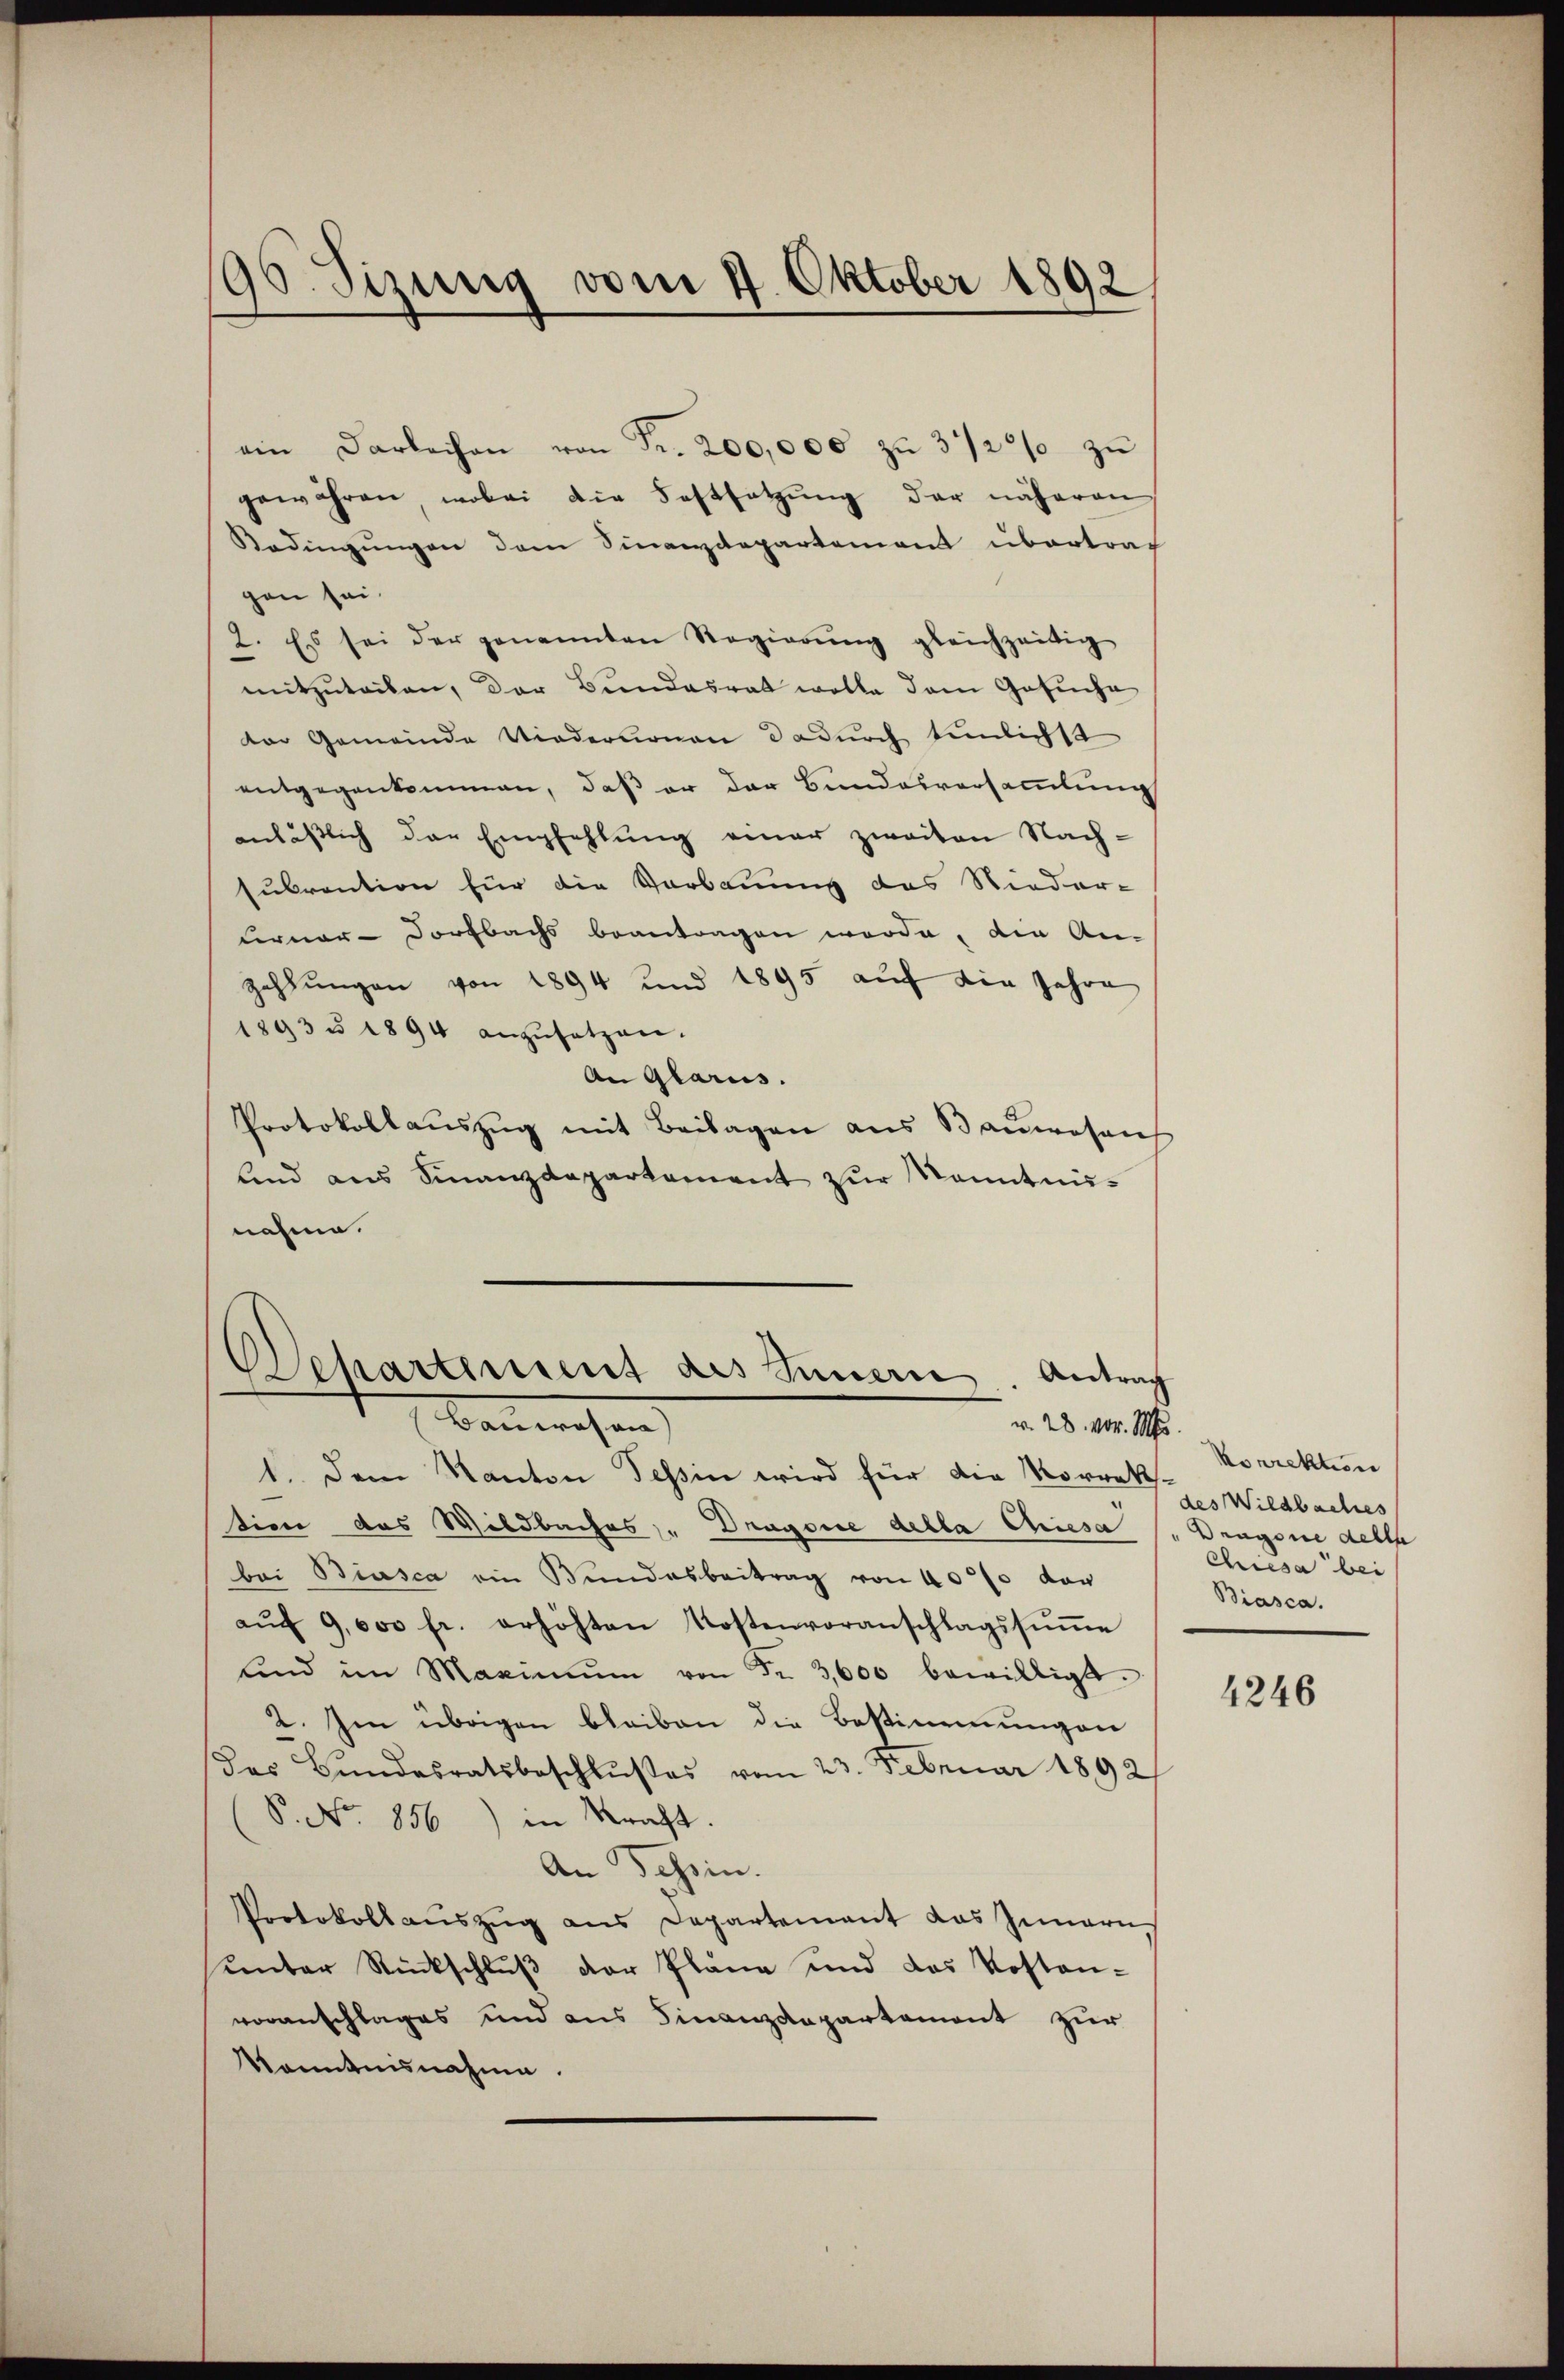
90. Sizung vom 4. Oktober 1892

gen sei.
1893 § 1894 anzŭsetzen.
nahme.

ein Darlechen von Fr. 200,000 zŭ 3120% zu
gewähren, wobei die Festsetzŭng der näheren
Bedingŭngen dem Sinanzdepartement übertrag
2. Es sei der genannten Regierŭng gleichzeitig
mitzŭteilen, der Bŭndesrat wolle dem Gesŭche
der Gemeinde Niedernomen dadurch tunlichst
entgegenkommen, daß er der Bundesversammlung
anlässlich der Empfehlung einer zweiten Nachsubvention für die Vorbauung das Nieder-
Ferner- Dorfbachs beantragen worde, die An-
zahlungen von 1894 und 1895 auf die Jahre
An Glarus.
Protokollaŭszŭg mit Beilagen aus Baŭwesens
und aus Finanzdepartement zur Manntnis¬

Departement des Innern Antrag
Bauwesen
v. 28. vor. Mts.

1. Dem Kanton Tessin wird für die Korrek-Korrektin
tien das Wildbaches, " Dragone della Chiesa
bei Biasca ein Bundesbeitrag von 40% der
aŭf 9,000 fr. erhöhten Kostenvoranschlagssŭṁe
ŭnd im Maximŭm von Fr. 3,600 bewilligt.
2. Im übrigen bleiben die Bestimmungen
des Bundesratsbeschlußes vom 23. Februar 1892/
P. Nr. 856) in Kraft.
An Tessin.
Protokollauszug aus Departement das Innern
unter Rückschluß der Pläne und das Kosten-
voranschlages und aus Finanzdepartement zur
Kenntnisnahme.

des Wildbaches
Dragone della
Chiesa bei
Biasca.

4246